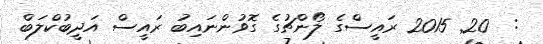
:  20